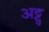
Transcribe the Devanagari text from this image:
अट्टु